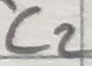
Text: C2